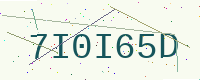
Text: 7I0I65D